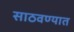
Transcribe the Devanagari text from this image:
साठवण्यात